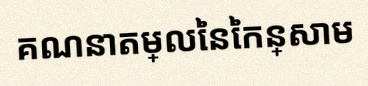
គណនាតម្លៃនៃកន្សោម